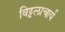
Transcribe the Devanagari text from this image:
विट्टलाचार्य